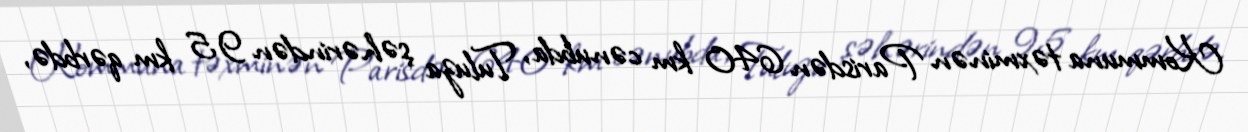
Kommuna təxminən Parisdən 640 km cənubda, Tuluza şəhərindən 95 km qərbdə,